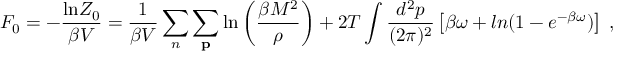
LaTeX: { \cal F } _ { 0 } = - \frac { \mathrm { l n } Z _ { 0 } } { \beta V } = \frac { 1 } { \beta V } \sum _ { n } \sum _ { \bf p } \mathrm { l n } \left( \frac { \beta M ^ { 2 } } { \rho } \right) + 2 T \int \frac { d ^ { 2 } p } { ( 2 \pi ) ^ { 2 } } \left[ \beta \omega + l n ( 1 - e ^ { - \beta \omega } ) \right] \; ,